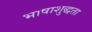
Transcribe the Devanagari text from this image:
भाषाशुद्धता